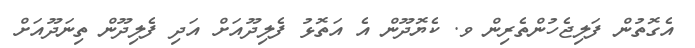
އެގޮތުން ފަލިޖެހުންތެރިން ވ. ކެޔޮދޫން އެ އަތޮޅު ފެލިދޫއަށް އަދި ފެލިދޫން ތިނަދޫއަށް